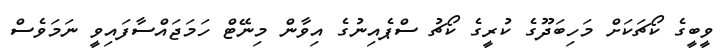
ވީބީގެ ކޯޗަކަށް މަހިބަދޫގެ ކުރީގެ ކޯޗު ސްޕެއިނުގެ އިވާން މިނޭޓް ހަމަޖައްސާފައިވީ ނަމަވެސް